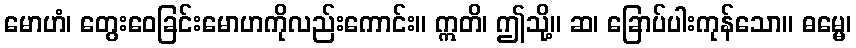
မောဟံ၊ တွေးဝေခြင်းမောဟကိုလည်းကောင်း။ ဣတိ၊ ဤသို့။ ဆ၊ ခြောပ်ပါးကုန်သော။ ဓမ္မေ၊